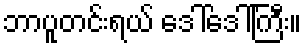
ဘာပူတင်းရယ် ဒေါ်ဒေါ်ကြီး။